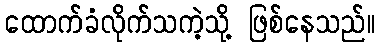
ထောက်ခံလိုက်သကဲ့သို့ ဖြစ်နေသည်။